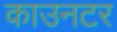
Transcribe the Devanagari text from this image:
काउनटर